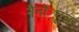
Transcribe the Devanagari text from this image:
नैनोंट्यूब